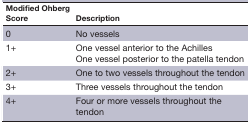
| Modified Ohberg Score | Description |
 | --- | --- |
 | 0 | No vessels |
 | 1+ | One vessel anterior to the Achilles One vessel posterior to the patella tendon |
 | 2+ | One to two vessels throughout the tendon |
 | 3+ | Three vessels throughout the tendon |
 | 4+ | Four or more vessels throughout the tendon |